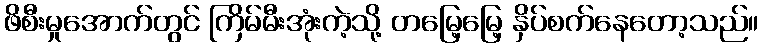
ဖိစီးမှုအောက်တွင် ကြိမ်မီးအုံးကဲ့သို့ တမြေ့မြေ့ နှိပ်စက်နေတော့သည်။